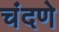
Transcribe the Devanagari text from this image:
चंदणे